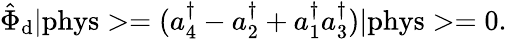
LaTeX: \hat{\Phi}_{\mathrm{d}}\vert\mathrm{phys}>=(a_{4}^{\dagger}-a_{2}^{\dagger}+a_{1}^{\dagger}a_{3}^{\dagger})\vert\mathrm{phys}>=0.